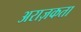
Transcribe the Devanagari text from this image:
अराज़कता